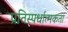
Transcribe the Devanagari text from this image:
प्रतिस्‍पर्धात्‍मकता